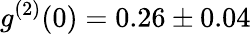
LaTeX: g^{(2)}(0)=0.26\pm 0.04